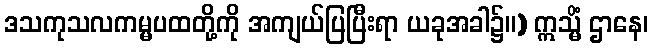
ဒသကုသလကမ္မပထတို့ကို အကျယ်ပြပြီးရာ ယခုအခါ၌။) ဣသ္မိံ ဌာနေ၊